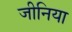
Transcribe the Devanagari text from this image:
जीनिया